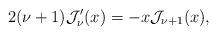
LaTeX: \begin{align*}2(\nu+1)\mathcal{J}_{\nu}'(x)=-x\mathcal{J}_{\nu+1}(x),\end{align*}